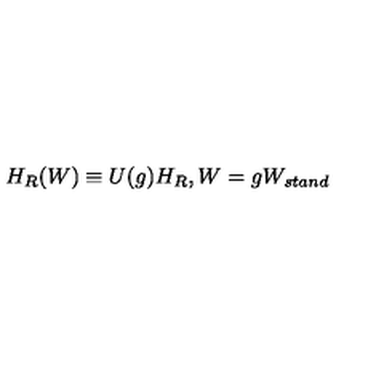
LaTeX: H _ { R } ( W ) \equiv U ( g ) H _ { R } , W = g W _ { s t a n d }